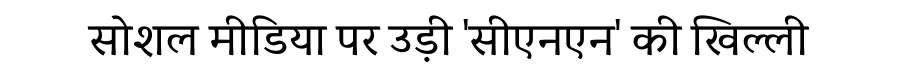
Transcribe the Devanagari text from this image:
सोशल मीडिया पर उड़ी 'सीएनएन' की खिल्ली